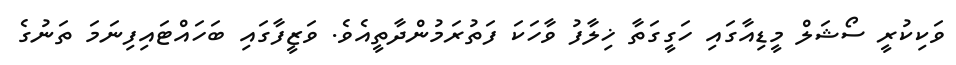
ވަކިކުރީ ސޯޝަލް މީޑިއާގައި ހަގީގަތާ ޚިލާފު ވާހަކަ ފަތުރަމުންދާތީއެވެ. ވަޒީފާގައި ބަހައްޓައިފިނަމަ ތަނުގެ